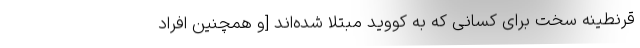
قرنطینه سخت برای کسانی که به کووید مبتلا شده‌اند [و همچنین افرادِ